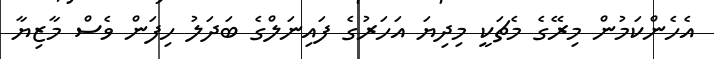
އެހެންކަމުން މިރޭގެ މެޗަކީ މިދިޔަ އަހަރުގެ ފައިނަލްގެ ބަދަލު ހިފަން ވެސް މާޒިޔާ